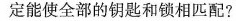
定能使全部的钥匙和锁相匹配？